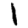
Digit: 1